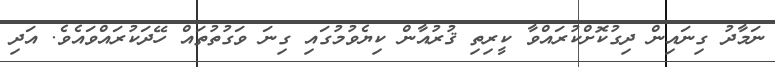
ނަމާދު ގިނައިން ދިގުކޮށްކުރައްވާ ކީރިތި ޤުރުއާން ކިޔެވުމުގައި ގިނަ ވަގުތުތައް ހޭދަކުރައްވައެވެ. އަދި